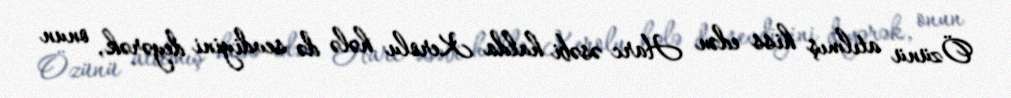
Özünü atılmış hiss edən Harc əsəbi halda Kerolu hələ də sevdiyini deyərək, onun